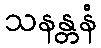
သနန္တနံ